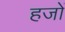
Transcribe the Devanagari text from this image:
हजों